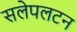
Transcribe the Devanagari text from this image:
सलेपलटन